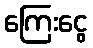
ကြေးငွေ